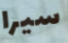
سيرا